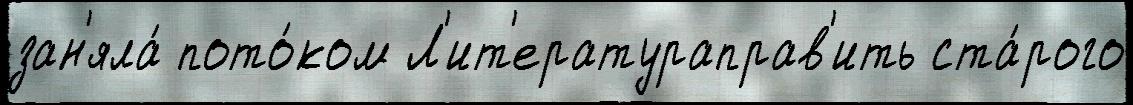
зан'яла́ пото́ком Л'ит'ератураправ'ить ста́рого